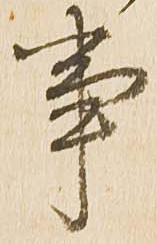
事